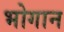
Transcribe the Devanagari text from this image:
भोगान